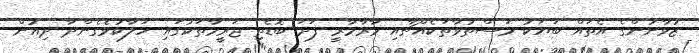
ޒުވާނުންގެ އެތައް ބަޔަކު މަސްތުވާތަކެއްޗާއި މާރާމާރީ ފަދަ ބޮޑެތި ޖަރީމާތަކުގައި ހަލާކުވެގެންދާ ދިއުން